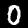
Label: 0